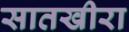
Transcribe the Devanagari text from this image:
सातखीरा